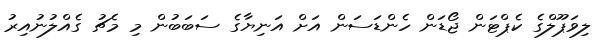
ލިވަޕޫލްގެ ކެޕްޓަން ޖޯޑަން ހެންޑަސަން އަށް އަނިޔާގެ ސަބަބުން މި މެޗު ގެއްލުނުއިރު